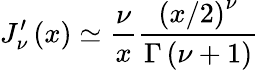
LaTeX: J_{\nu}^{\prime}\left(x\right)\simeq\frac{\nu}{x}\frac{\left(x/2\right)^{\nu}}{\Gamma\left(\nu+1\right)}